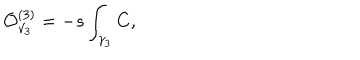
{ \cal O } _ { \gamma _ { 3 } } ^ { ( 3 ) } = - s \int _ { \gamma _ { 3 } } C ,